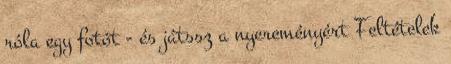
róla egy fotót - és játssz a nyereményért Feltételek